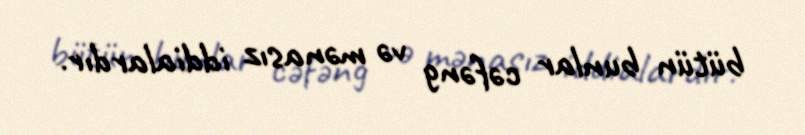
bütün bunlar cəfəng və mənasız iddialardır.